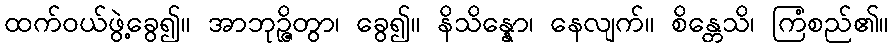
ထက်ဝယ်ဖွဲ့ခွေ၍။ အာဘုဉ္ဇိတွာ၊ ခွေ၍။ နိသိန္နော၊ နေလျက်။ စိန္တေသိ၊ ကြံစည်၏။